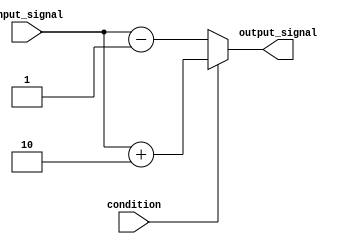
module assign_statement (
    input wire condition,
    input wire [3:0] input_signal,
    output reg [3:0] output_signal
);

always @* begin
    if (condition) begin
        output_signal = input_signal + 2;
    end else begin
        output_signal = input_signal - 1;
    end
end

endmodule